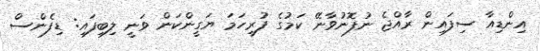
އިންޑިއާ ސިފައިން ރާއްޖެ ނުފޮނުވާނޭ ކަމުގެ ފުރިހަމަ ޔަގީންކަން ވަނީ ލިބިފައި: ޑިފެންސް